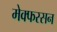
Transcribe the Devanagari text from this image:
मेक्फरसन